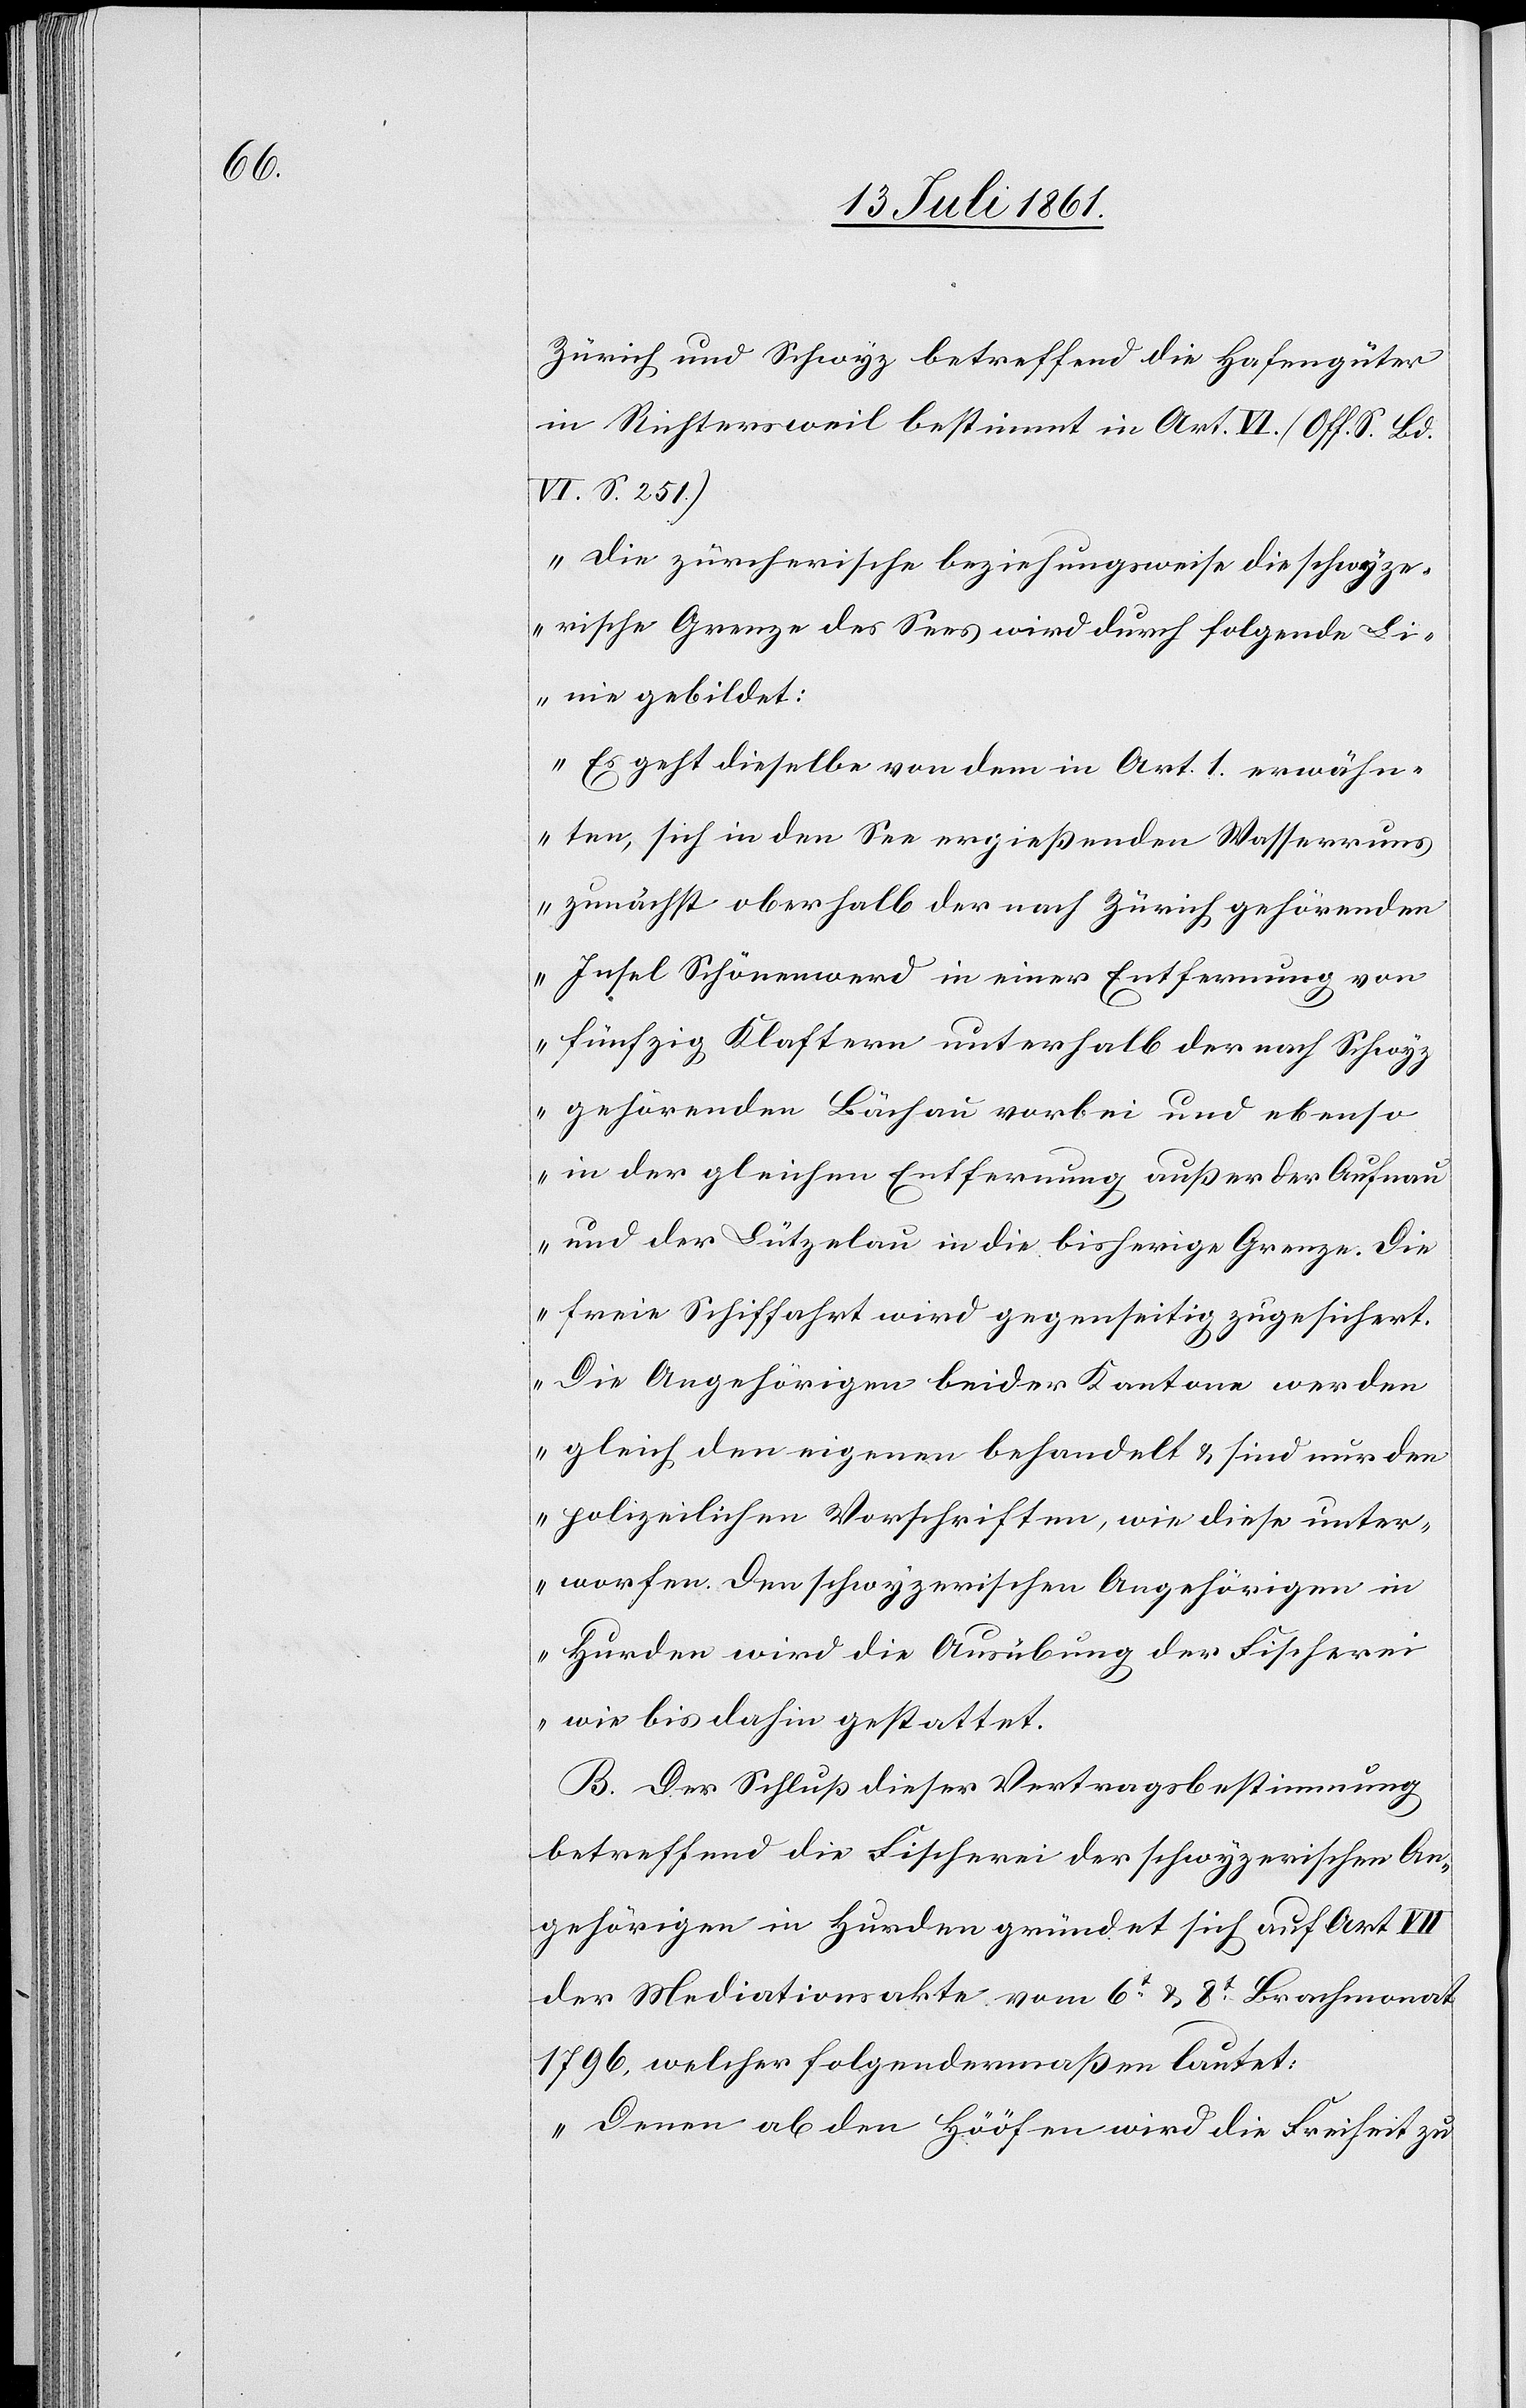
Zürich und Schwyz betreffend die Hafengüter
in Richtersweil bestimmt in Art. IV. [Off. S. Bd.
VI. S. 251]
„Die zürcherische beziehungsweise die schwyze¬
rische Grenze des Sees wird durch folgende Li¬
nie gebildet:
Es geht dieselbe von dem in Art. 1 erwähn¬
ten, sich in den See ergießenden Wasser uns
zunächst oberhalb der nach Zürich gehörenden
Insel Schönenwerd in einer Entfernung von
fünfzig Klaftern unterhalb der nach Schwyz
gehörenden Bächau vorbei und ebenso
in der gleichen Entfernung außer der Aufnau
und der Lützelau in die bisherige Grenze. Die
freie Schiffahrt wird gegenseitig zugesichert.
Die Angehörigen beider Kantone werden
gleich den eigenen behandelt u. sind nur den
polizeilichen Vorschriften, wie diese unter¬
worfen. Den schwyzerischen Angehörigen in
Hurden wird die Ausübung der Fischerei
wie bis dahin gestattet.
B. Der Schluß dieser Vertragsbestimmung
betreffend die Fischerei der schwyzerischen An¬
gehörigen in Hurden gründet sich auf Art. VII
der Mediationsakte vom 6t & 8t Brachmonat
1796, welcher folgendermaßen lautet:
„Denen ab den Hööfen wird die Freiheit zu